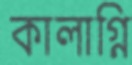
কালাগ্নি